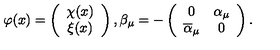
\varphi ( x ) = \left( \begin{array} { c } { \chi ( x ) } \\ { \xi ( x ) } \\ \end{array} \right) , \beta _ { \mu } = - \left( \begin{array} { c c } { 0 } & { \alpha _ { \mu } } \\ { \overline { { \alpha } } _ { \mu } } & { 0 } \\ \end{array} \right) .